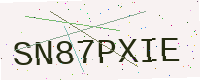
Text: SN87PXIE